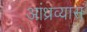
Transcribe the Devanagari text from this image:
आंध्रव्यास